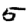
Digit: 5